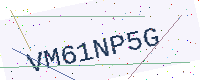
Text: VM61NP5G